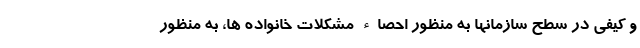
و کیفی در سطح سازمانها به منظور احصاء مشکلات خانواده ها، به منظور